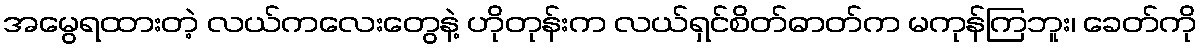
အမွေရထားတဲ့ လယ်ကလေးတွေနဲ့ ဟိုတုန်းက လယ်ရှင်စိတ်ဓာတ်က မကုန်ကြဘူး၊ ခေတ်ကို